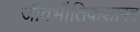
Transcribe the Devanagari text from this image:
जीवभौतिकशास्त्र